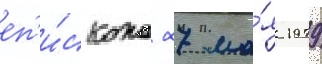
еп'и́скопа 27 ма́я 1979